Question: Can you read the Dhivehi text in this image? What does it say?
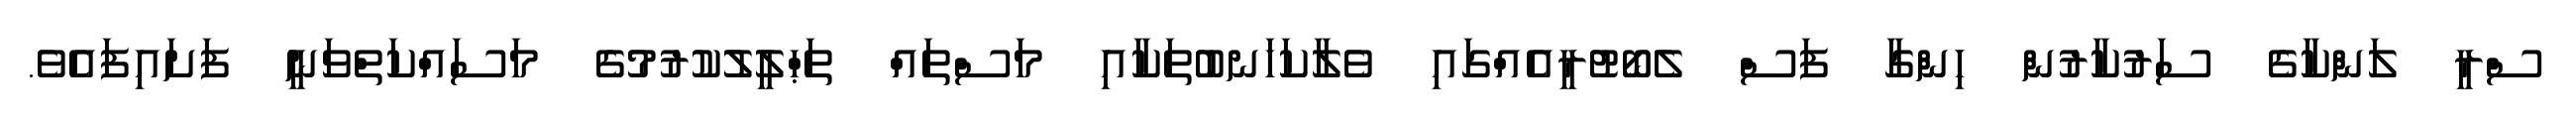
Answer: ސްރީ ލަންކާގެ ސަރުކާރުން ހިންގާ ފަސް ލެބޯޓުރީއެއްގައި ވެލާކަހަނބުތަކާއި މަސްތައް ތަޙްލީލުކުރުމުގެ މަސައްކަތްވަނީ ފަށައިފައެވެ.